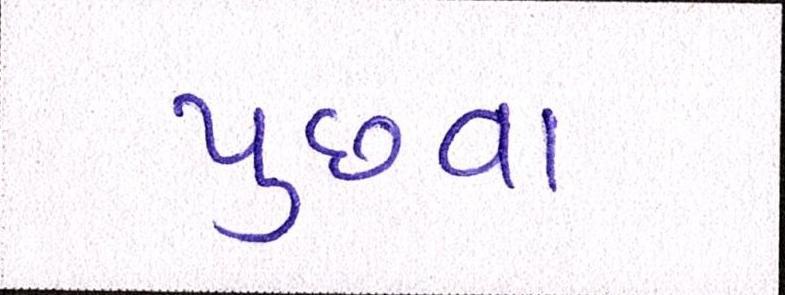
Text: પુછવા